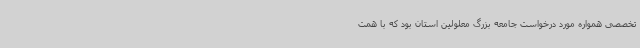
تخصصی همواره مورد درخواست جامعه بزرگ معلولین استان بود که با همت